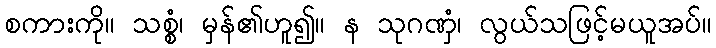
စကားကို။ သစ္စံ၊ မှန်၏ဟူ၍။ န သုဂဏှံ၊ လွယ်သဖြင့်မယူအပ်။